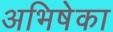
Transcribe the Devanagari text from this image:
अभिषेका